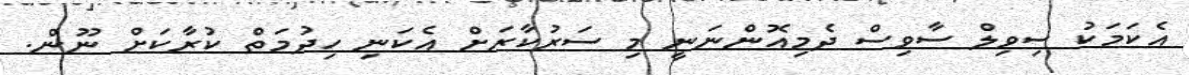
އެކަމަކު ސިވިލް ސާވިސް ދެމިއޮންނަނީ މި ސަރުކާރަށް އެކަނި ހިދުމަތް ކުރާކަށް ނޫން.